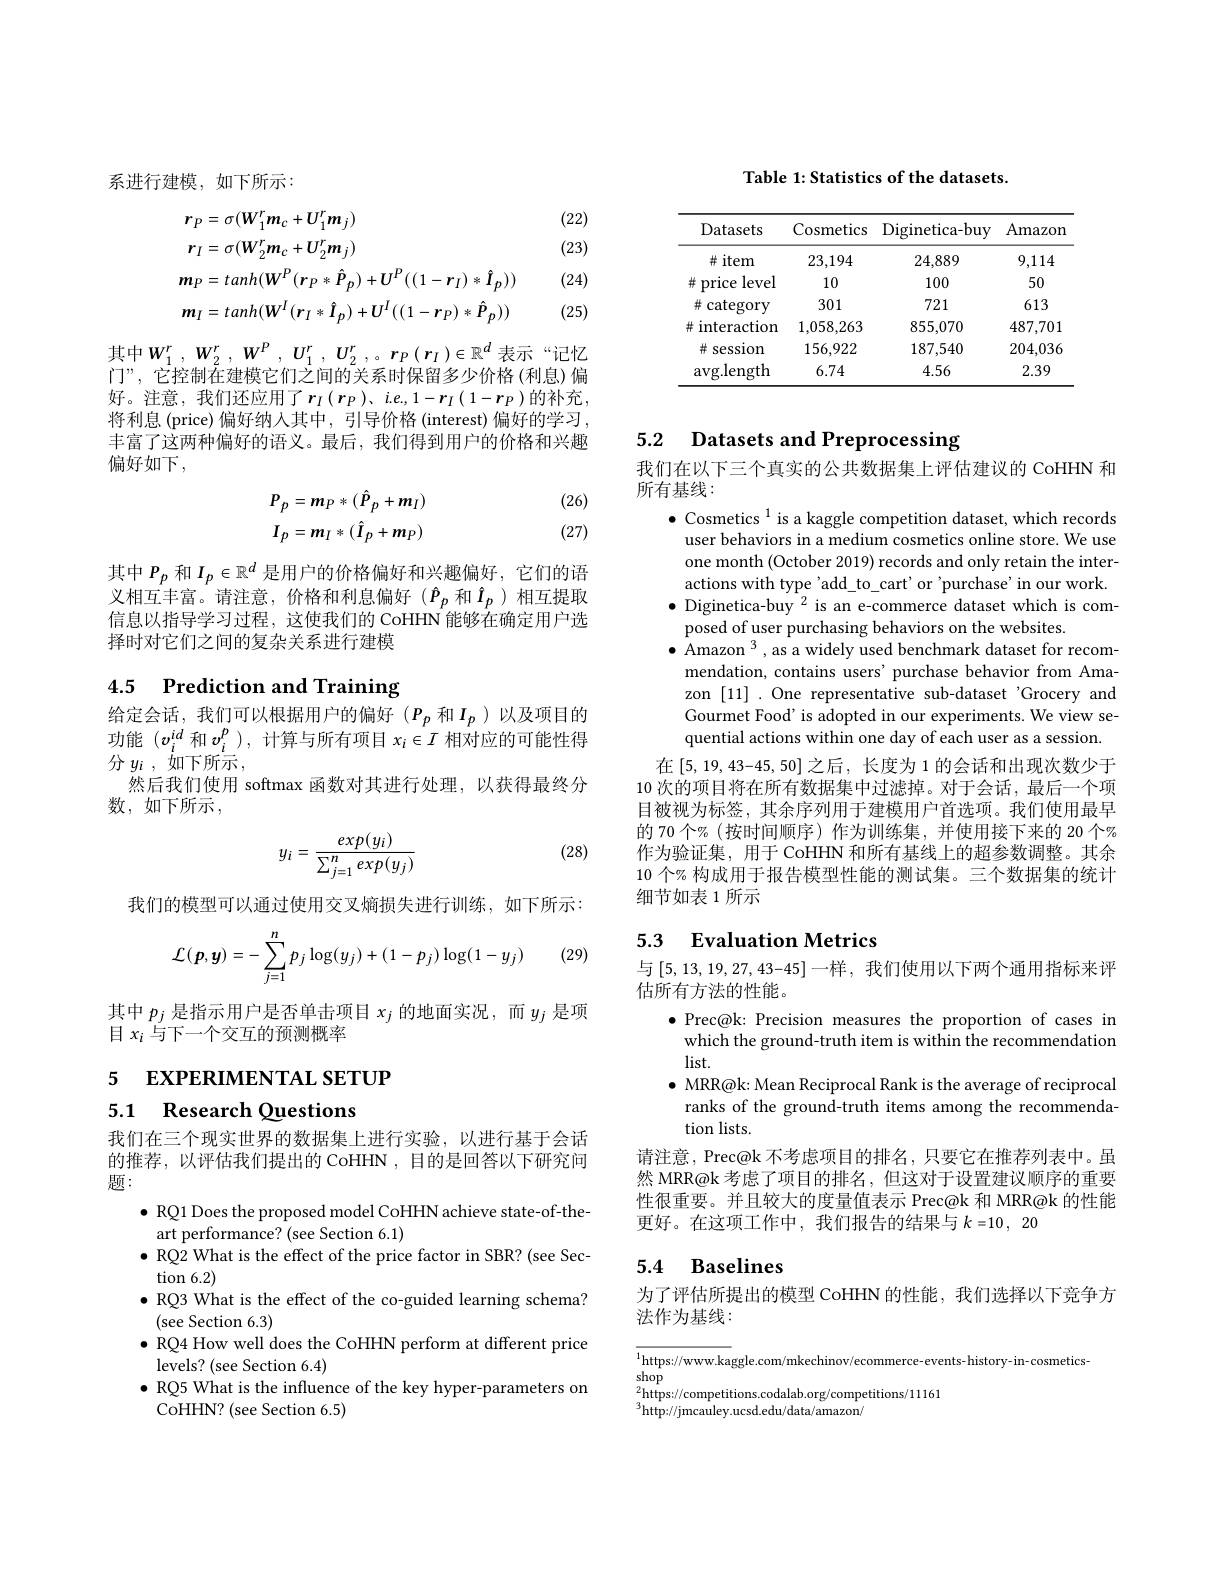
系进行建模，如下所示：

(22)

(23)
$$\begin{aligned}&r_{P}=\sigma(W_{1}^{r}m_{c}+U_{1}^{r}m_{j})\\&r_{I}=\sigma(W_{2}^{r}m_{c}+U_{2}^{r}m_{j})\\&m_{P}=tanh(W^{P}(r_{P}*\hat{P}_{p})+U^{P}((1-r_{I})*\hat{I}_{p}))\\&m_{I}=tanh(W^{I}(r_{I}*\hat{I}_{p})+U^{I}((1-r_{P})*\hat{P}_{p}))\end{aligned}$$
(24)

(25)

其中$W_1^r,W_2^r,W^P,U_1^r,U_2^r,。r_P(r_I)\in\mathbb{R}^d$ 表示“记忆门”, 它控制在建模它们之间的关系时保留多少价格 (利息)偏好。注意，我们还应用了$r_I\left(r_{P}\right),i.e,1-r_{I}\left(1-r_{P}\right)$的补充， 将利息 (price) 偏好纳入其中，引导价格 (interest) 偏好的学习， 丰富了这两种偏好的语义。最后，我们得到用户的价格和兴趣偏好如下，

(26)
$$P_{p}=m_{P}*(\hat{P}_{p}+m_{I})\\I_{p}=m_{I}*(\hat{I}_{p}+m_{P})$$
(27)

其中$P_p$和$I_p\in\mathbb{R}^d$是用户的价格偏好和兴趣偏好，它们的语义相互丰富。请注意，价格和利息偏好($\hat{P}_p$ 和$\hat{I}_p$)相互提取信息以指导学习过程，这使我们的 CoHHN 能够在确定用户选择时对它们之间的复杂关系进行建模

### 4.5 $\textbf{Prediction and Training}$

给定会话，我们可以根据用户的偏好($P_p$和$I_p$ )以及项目的功能$(v_i^{id}$和$v_i^p)$,计算与所有项目$x_i\in I$相对应的可能性得分$y_i$,如下所示，
然后我们使用 softmax 函数对其进行处理，以获得最终分
数，如下所示，

(28)
$$y_i=\frac{exp(y_i)}{\sum_{j=1}^nexp(y_j)}$$
我们的模型可以通过使用交叉熵损失进行训练，如下所示：

(29)
$$\mathcal{L}(p,y)=-\sum_{j=1}^np_j\log(y_j)+(1-p_j)\log(1-y_j)$$
其中$p_j$是指示用户是否单击项目$x_j$的地面实况，而$y_j$是项
目$x_i$与下一个交互的预测概率

5 EXPERIMENTAL SETUP

5.1 Research Questions

我们在三个现实世界的数据集上进行实验，以进行基于会话的推荐，以评估我们提出的 CoHHN ,目的是回答以下研究问题：
$\bullet$ RQ1 Does the proposed model CoHHN achieve state-of-the-
art performance? (see Section 6.1)
$\bullet$ RQ2 What is the effect of the price factor in SBR? (see Sec-
$\tan6.2)$
$\bullet$ RQ3 What is the effect of the co-guided learning schema?
(see Section 6.3)
$\bullet$ RQ4 How well does the CoHHN perform at different price
levels? (see Section 6.4)
$\bullet$ RQ5 What is the influence of the key hyper-parameters on
CoHHN? (see Section 6.5)

Table 1: Statistics of the datasets.

<table>
	<tbody>
		<tr>
			<th>Datasets</th>
			<th>Cosmetics</th>
			<th>Diginetica- buy</th>
			<th>Amazom</th>
		</tr>
		<tr>
			<td>$\#$item</td>
			<td>23,194</td>
			<td>24,889</td>
			<td>9,114</td>
		</tr>
		<tr>
			<td>level 井 price</td>
			<td>10</td>
			<td>100</td>
			<td>50</td>
		</tr>
		<tr>
			<td>$\#$category</td>
			<td>301</td>
			<td>721</td>
			<td>613</td>
		</tr>
		<tr>
			<td>井 interaction</td>
			<td>1,058,263</td>
			<td>855,070</td>
			<td>487,701</td>
		</tr>
		<tr>
			<td>井：session</td>
			<td>156,922</td>
			<td>187,540</td>
			<td>204,036</td>
		</tr>
		<tr>
			<td>$avg.$ ${\mathbf{g.length}}$</td>
			<td>6.74</td>
			<td>4.56</td>
			<td>2.39</td>
		</tr>
	</tbody>
</table>

## 5.2 Datasets and Preprocessing

我们在以下三个真实的公共数据集上评估建议的 CoHHN 和
所有基线：
$\bullet\text{ Cosmetics }^{1}$ is a kaggle competition dataset, which records

user behaviors in a medium cosmetics online store. We use one month (October 2019) records and only retain the interactions with type 'add\_to\_cart'or 'purchase'in our work.
$\bullet$ Diginetica-buy$^2$ is an e-commerce dataset which is com-
posed of user purchasing behaviors on the websites.
$\bullet$ Amazon $^3$, as a widely used benchmark dataset for recom-
mendation, contains users' purchase behavior from Amazon [11] .One representative sub-dataset 'Grocery and Gourmet Food’ is adopted in our experiments. We view sequential actions within one day of each user as a session.
在[5,19,43-45,50]之后，长度为1的会话和出现次数少于10 次的项目将在所有数据集中过滤掉。对于会话，最后一个项目被视为标签，其余序列用于建模用户首选项。我们使用最早的 70 个% (按时间顺序) 作为训练集，并使用接下来的 20 个% 作为验证集，用于 CoHHN 和所有基线上的超参数调整。其余10 个% 构成用于报告模型性能的测试集。三个数据集的统计细节如表 1 所示

## 5.3 Evaluation Metrics

与[5,13,19,27,43-45]一样，我们使用以下两个通用指标来评
估所有方法的性能。
$\bullet$ Prec@k: Precision measures the proportion of cases in which the ground-truth item is within the recommendation $list.$
$\bullet$ MRR@k: Mean Reciprocal Rank is the average of reciprocal ranks of the ground-truth items among the recommendation lists.
请注意，Prec@k 不考虑项目的排名，只要它在推荐列表中。虽然 MRR@k 考虑了项目的排名，但这对于设置建议顺序的重要性很重要。并且较大的度量值表示 Prec@k 和 MRR@k 的性能更好。在这项工作中，我们报告的结果与$k=10,20$

## 5.4 Baselines

为了评估所提出的模型 CoHHN 的性能，我们选择以下竞争方
法作为基线：

$^{1}$https://www.kaggle.com/mkechinov/ecommerce-events-history-in-cosmetics-
shop
sinop https: / / competitions. codalab. org/ competitions/ 11161 311
$^{3}$http://jmcauley.ucsd.edu/data/amazon/